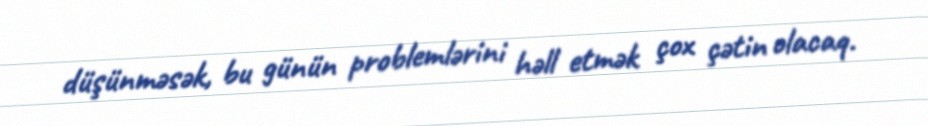
düşünməsək, bu günün problemlərini həll etmək çox çətin olacaq.